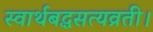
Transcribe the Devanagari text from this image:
स्वार्थबद्धसत्यव्रती।